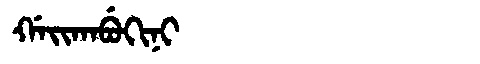
Manchu: ᡤᠠᡳᡴᠠᠪᡠᡴᡳᠨᡳ
Romanization: GAIKABUKINI